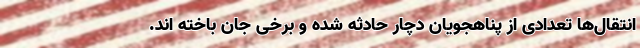
انتقال‌ها تعدادی از پناهجویان دچار حادثه شده و برخی جان باخته اند.